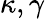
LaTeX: \kappa,\gamma